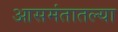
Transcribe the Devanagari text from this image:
आसमंतातल्या